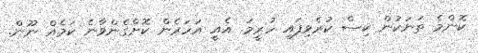
ކޮންމެ ތަނަކުން ކިސް ކުރެވިފައި ހުރީމަ. އެއީ އަހަރެން ކޮށްގެންވާނެ ކަމެއް ނޫން.